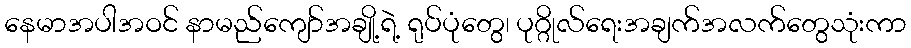
နေမာအပါအဝင် နာမည်ကျော်အချို့ရဲ့ ရုပ်ပုံတွေ၊ ပုဂ္ဂိုလ်ရေးအချက်အလက်တွေသုံးကာ